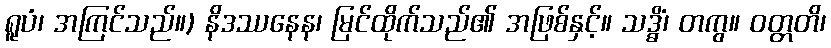
ရူပံ၊ အကြင်သည်။) နိဒဿနေန၊ မြင်ထိုက်သည်၏ အဖြစ်နှင့်။ သဒ္ဓိံ၊ တကွ။ ဝတ္တတိ၊